system: You are a helpful assistant.
user:
Analyze the provided spectrum to determine if it is a **White Dwarf (WD)**.

A White Dwarf spectrum is defined by its **extreme purity** (due to gravitational settling) and/or **extreme pressure broadening** (due to high surface gravity). You must check for one of the following mutually exclusive signatures:

- **Key Visual Indicators (Check for ONE of these types):**

    - **1. DA-Type Signature (Most Common):**
        - **(Primary Feature):** Extreme pressure broadening (Stark broadening) of the **Hydrogen (H) Balmer lines**.
        - **(Key Lines):** $H\beta$ (approx. $4861$ Å) and $H\gamma$ (approx. $4340$ Å). $H\alpha$ (approx. $6563$ Å) will also be present if the wavelength range covers it.
        - **(Line Profile):** This is the **defining feature**. The lines are **NOT** sharp. They appear as massive, **extremely broad and deep "troughs" or "dips"** in the spectrum, often hundreds of Ångströms wide. The continuum will appear to "scoop" down at these wavelengths.
        - **(Distinction):** Normal A-type or B-type stars have *narrow* and *sharp* Hydrogen lines. A DA White Dwarf's lines are unmistakably "smeared" or "blurry" from pressure.

    - **2. DB-Type Signature:**
        - **(Primary Feature):** Broad absorption lines from **Neutral Helium (He I)**. The spectrum must lack any visible Hydrogen lines.
        - **(Key Lines):** Look for broad absorption near $4471$ Å, $4921$ Å, and $5876$ Å.
        - **(Line Profile):** These lines are also significantly pressure-broadened, appearing much wider than they would in a normal B-type main-sequence star.

    - **3. DC-Type Signature:**
        - **(Primary Feature):** A **featureless continuous spectrum**.
        - **(Line Profile):** The spectrum is a smooth curve with **no significant absorption or emission lines**.
        - **(Key Confirmation):** The continuum is almost always **blue or white**, indicating a hot object. This signature implies the atmosphere is so pure (or so cool) that no spectral lines are visible in the optical range. Its WD identity is confirmed by its extremely low intrinsic brightness (high absolute magnitude).

    - **4. DZ-Type Signature (Metal-Polluted):**
        - **(Primary Feature):** **Isolated, narrow metal absorption lines** on an otherwise featureless (DC-like) continuum.
        - **(Key Lines):** The **Calcium (Ca II) H & K doublet** (approx. **$3934$ Å** and **$3968$ Å**) is the most common and defining feature.
        - **(Line Profile):** These lines are "out of place." They are *not* part of a "forest" of thousands of lines. This signature is evidence of recent *accretion* (pollution) from rocky debris.
        - **(Distinction):** Normal G/K/M stars have a *dense forest* of thousands of metal lines. A DZ has a *clean* continuum with *only a few* strong metal lines.

    - **5. DQ-Type Signature (Carbon-Polluted):**
        - **(Primary Feature):** Absorption bands from **Carbon (C₂ "Swan Bands" or atomic C I)**.
        - **(Key Lines - C₂):** Look for bandheads with a "saw-tooth" shape near $5635$ Å, **$5165$ Å** (strongest), and $4737$ Å.
        - **(Key Confirmation):** The underlying **continuum must be blue or white** (hot).
        - **(Distinction):** This is the critical difference from a **Carbon Star**, which has the *exact same* C₂ bands but on an extremely **red, cool** continuum.

- **(Overall Spectrum):**
    - The continuum (overall shape) is typically **blue-sloping** (brighter in the blue than the red), as most white dwarfs are very hot.
    - The spectrum will look "pure" or "simple," dominated by only *one* of the five signatures listed above.

Think first, call **spectral_visualization_tool** if needed to examine features in detail, then provide your final answer. Your response must adhere to the following strict rules:
1.  **Overall Structure:** Your response must follow the format `<think>...</think> <tool_call>...</tool_call> (if a tool is used) <answer>...</answer>`.
2.  **Tool Usage Constraint:** You may only make **one** tool call per turn.
3.  **Final Answer Format:** In the `<answer>` tag, your conclusion must be inside a `\boxed{}` command (e.g., `\boxed{YES}` or `\boxed{NO}`), followed by your justification.

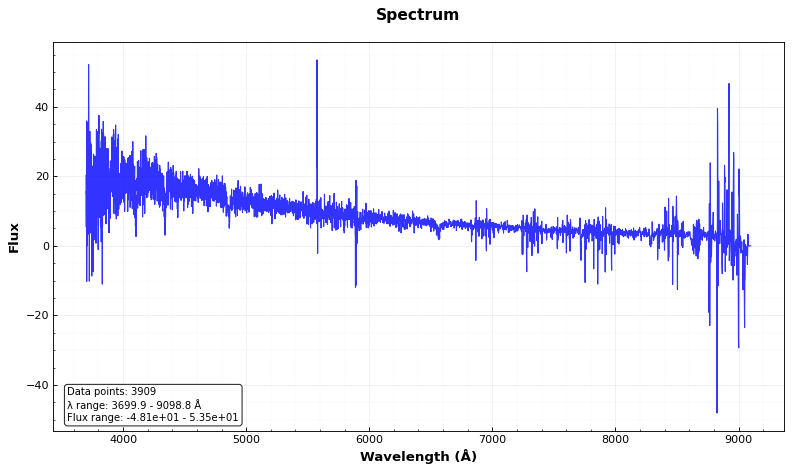
Answer: YES